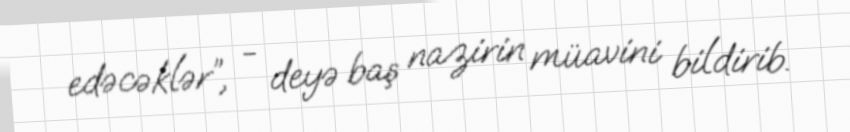
edəcəklər”, - deyə baş nazirin müavini bildirib.